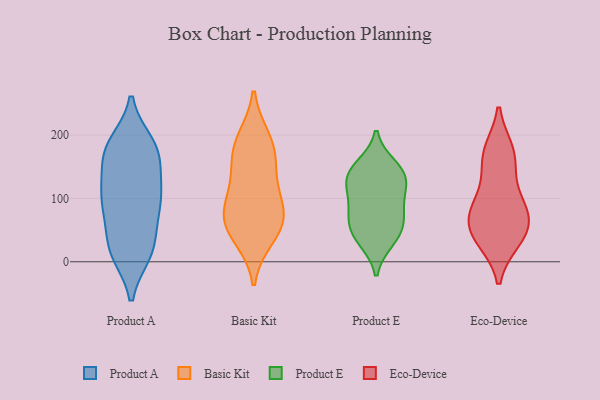
{"axis": {"x": "Net Income (USD K)", "y": "Value"}, "legend": ["Basic Kit", "Eco-Device", "Product A", "Product E"], "data": [{"x": "", "y": 170, "type": "Product A"}, {"x": "", "y": 22, "type": "Product A"}, {"x": "", "y": 119, "type": "Product A"}, {"x": "", "y": 179, "type": "Product A"}, {"x": "", "y": 94, "type": "Product A"}, {"x": "", "y": 14, "type": "Product A"}, {"x": "", "y": 106, "type": "Product A"}, {"x": "", "y": 172, "type": "Product A"}, {"x": "", "y": 93, "type": "Product A"}, {"x": "", "y": 121, "type": "Product A"}, {"x": "", "y": 182, "type": "Product A"}, {"x": "", "y": 39, "type": "Product A"}, {"x": "", "y": 93, "type": "Product A"}, {"x": "", "y": 186, "type": "Product A"}, {"x": "", "y": 163, "type": "Product A"}, {"x": "", "y": 71, "type": "Product A"}, {"x": "", "y": 14, "type": "Product A"}, {"x": "", "y": 16, "type": "Product A"}, {"x": "", "y": 102, "type": "Basic Kit"}, {"x": "", "y": 56, "type": "Basic Kit"}, {"x": "", "y": 164, "type": "Basic Kit"}, {"x": "", "y": 193, "type": "Basic Kit"}, {"x": "", "y": 90, "type": "Basic Kit"}, {"x": "", "y": 185, "type": "Basic Kit"}, {"x": "", "y": 58, "type": "Basic Kit"}, {"x": "", "y": 73, "type": "Basic Kit"}, {"x": "", "y": 141, "type": "Basic Kit"}, {"x": "", "y": 39, "type": "Basic Kit"}, {"x": "", "y": 34, "type": "Product E"}, {"x": "", "y": 90, "type": "Product E"}, {"x": "", "y": 84, "type": "Product E"}, {"x": "", "y": 151, "type": "Product E"}, {"x": "", "y": 139, "type": "Product E"}, {"x": "", "y": 124, "type": "Product E"}, {"x": "", "y": 40, "type": "Product E"}, {"x": "", "y": 121, "type": "Product E"}, {"x": "", "y": 66, "type": "Product E"}, {"x": "", "y": 54, "type": "Product E"}, {"x": "", "y": 140, "type": "Product E"}, {"x": "", "y": 159, "type": "Eco-Device"}, {"x": "", "y": 80, "type": "Eco-Device"}, {"x": "", "y": 174, "type": "Eco-Device"}, {"x": "", "y": 114, "type": "Eco-Device"}, {"x": "", "y": 172, "type": "Eco-Device"}, {"x": "", "y": 67, "type": "Eco-Device"}, {"x": "", "y": 35, "type": "Eco-Device"}, {"x": "", "y": 38, "type": "Eco-Device"}, {"x": "", "y": 83, "type": "Eco-Device"}, {"x": "", "y": 70, "type": "Eco-Device"}, {"x": "", "y": 40, "type": "Eco-Device"}]}